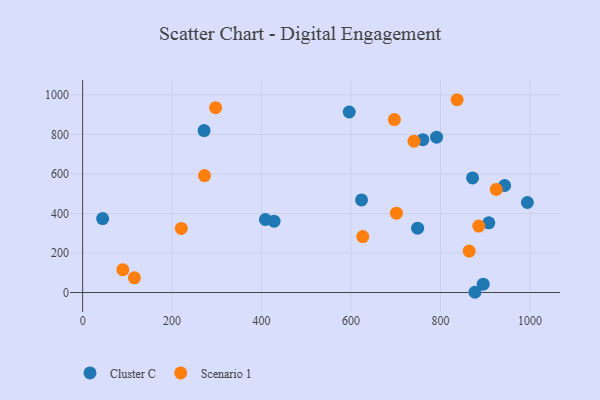
{"axis": {"x": "Experience", "y": "Profit"}, "legend": ["Cluster C", "Scenario 1"], "data": [{"x": "748.8", "y": 325.6, "type": "Cluster C"}, {"x": "408.5", "y": 369.6, "type": "Cluster C"}, {"x": "871.6", "y": 580.3, "type": "Cluster C"}, {"x": "876.9", "y": 1.3, "type": "Cluster C"}, {"x": "44.7", "y": 374.4, "type": "Cluster C"}, {"x": "994.1", "y": 455.6, "type": "Cluster C"}, {"x": "907.9", "y": 352.6, "type": "Cluster C"}, {"x": "271.5", "y": 819.5, "type": "Cluster C"}, {"x": "427.8", "y": 361.2, "type": "Cluster C"}, {"x": "895.4", "y": 42.2, "type": "Cluster C"}, {"x": "943.3", "y": 541.8, "type": "Cluster C"}, {"x": "595.9", "y": 913.7, "type": "Cluster C"}, {"x": "791.1", "y": 786.4, "type": "Cluster C"}, {"x": "760.5", "y": 773.7, "type": "Cluster C"}, {"x": "623.4", "y": 468.7, "type": "Cluster C"}, {"x": "740.7", "y": 766.3, "type": "Scenario 1"}, {"x": "89.8", "y": 115.9, "type": "Scenario 1"}, {"x": "220.6", "y": 324.6, "type": "Scenario 1"}, {"x": "626.2", "y": 283.1, "type": "Scenario 1"}, {"x": "864.1", "y": 209.8, "type": "Scenario 1"}, {"x": "837.0", "y": 975.9, "type": "Scenario 1"}, {"x": "115.7", "y": 74.2, "type": "Scenario 1"}, {"x": "272.4", "y": 591.9, "type": "Scenario 1"}, {"x": "701.5", "y": 401.6, "type": "Scenario 1"}, {"x": "696.9", "y": 875.2, "type": "Scenario 1"}, {"x": "885.4", "y": 336.6, "type": "Scenario 1"}, {"x": "297.2", "y": 935.5, "type": "Scenario 1"}, {"x": "924.5", "y": 522.1, "type": "Scenario 1"}]}